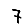
Digit: 7